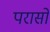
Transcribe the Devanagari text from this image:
परासों